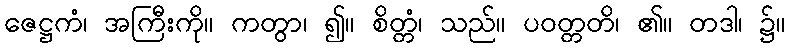
ဇေဋ္ဌကံ၊ အကြီးကို။ ကတွာ၊ ၍။ စိတ္တံ၊ သည်။ ပဝတ္တတိ၊ ၏။ တဒါ၊ ၌။